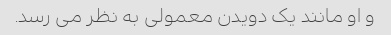
و او مانند یک دویدن معمولی به نظر می رسد.